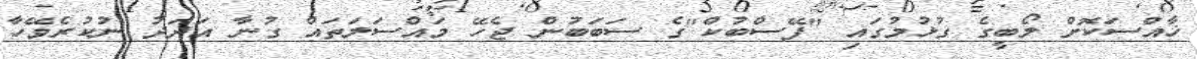
ޚާއްސަކޮށް ލޯބީގެ ގުޅުމުގައި "ފޭސްބުކް"ގެ ސަބަބުން ޖެހޭ މައްސަލަތައް ގުނާ އަދަދު ނުކުރެވޭހާ